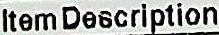
ITEM DESCRIPTION